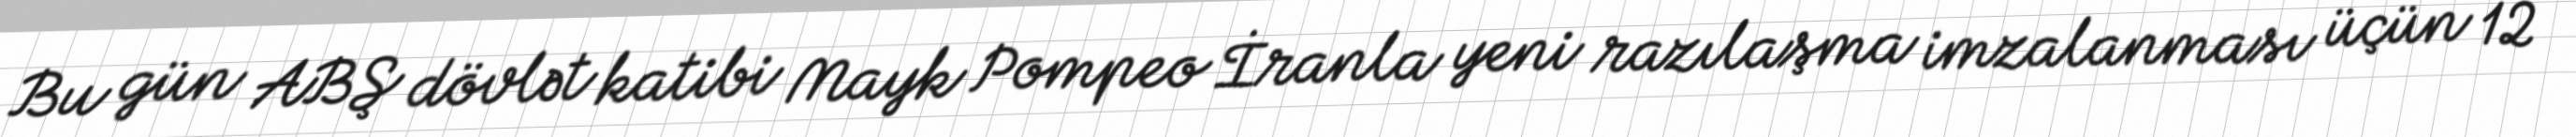
Bu gün ABŞ dövlət katibi Mayk Pompeo İranla yeni razılaşma imzalanması üçün 12